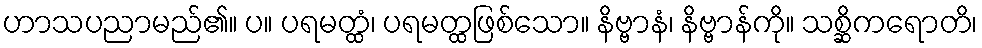
ဟာသပညာမည်၏။ ပ။ ပရမတ္ထံ၊ ပရမတ္ထဖြစ်သော။ နိဗ္ဗာနံ၊ နိဗ္ဗာန်ကို။ သစ္ဆိကရောတိ၊